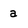
Character: a